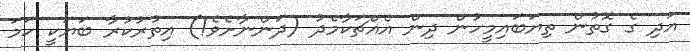
އަދި ގެ ގޮތުން ތިޔަބައިމީހުން ދިން އެއްޗަކާމެދު (ދަންނާށެވެ!) އިތުރުކުރާ ބަޔަކީ ހަމަ